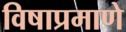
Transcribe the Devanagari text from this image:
विषाप्रमाणे